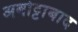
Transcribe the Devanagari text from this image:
अबोट्टाबाद